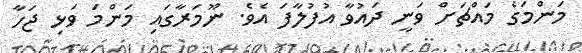
މަންމަގެ މައްޗަށް ވަނީ ދައުވާ އުފުލާފަ އެވެ. ނޫމަރާގައި މަންމަ ވަޅި ޖަހާ